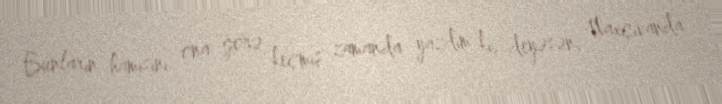
Bunların hamısını ona görə keçmiş zamanda yazdım ki, deyəsən, Naxçıvanda